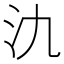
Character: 氿